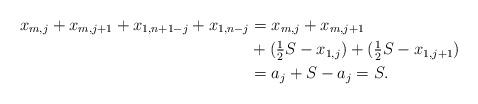
LaTeX: \begin{align*} x_{m,j} + x_{m,j+1} + x_{1,n+1-j} + x_{1,n-j} &=x_{m,j} + x_{m,j+1} \\ &+ (\tfrac{1}{2} S - x_{1,j}) + (\tfrac{1}{2} S - x_{1,j+1}) \\ &= a_j +S -a_j =S.\end{align*}